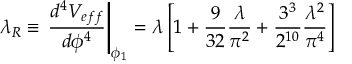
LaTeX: \lambda _ { R } \equiv \left. \frac { d ^ { 4 } V _ { e f f } } { d \phi ^ { 4 } } \right| _ { \phi _ { 1 } } = \lambda \left[ 1 + \frac { 9 } { 3 2 } \frac { \lambda } { \pi ^ { 2 } } + \frac { 3 ^ { 3 } } { 2 ^ { 1 0 } } \frac { \lambda ^ { 2 } } { \pi ^ { 4 } } \right]